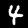
Label: 4